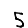
Digit: 5